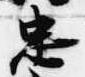
忠